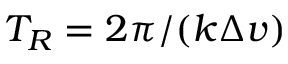
T _ { R } = 2 \pi / ( k \Delta v )